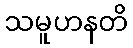
သမူဟနတိ